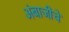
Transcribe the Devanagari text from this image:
अंबाजीचे